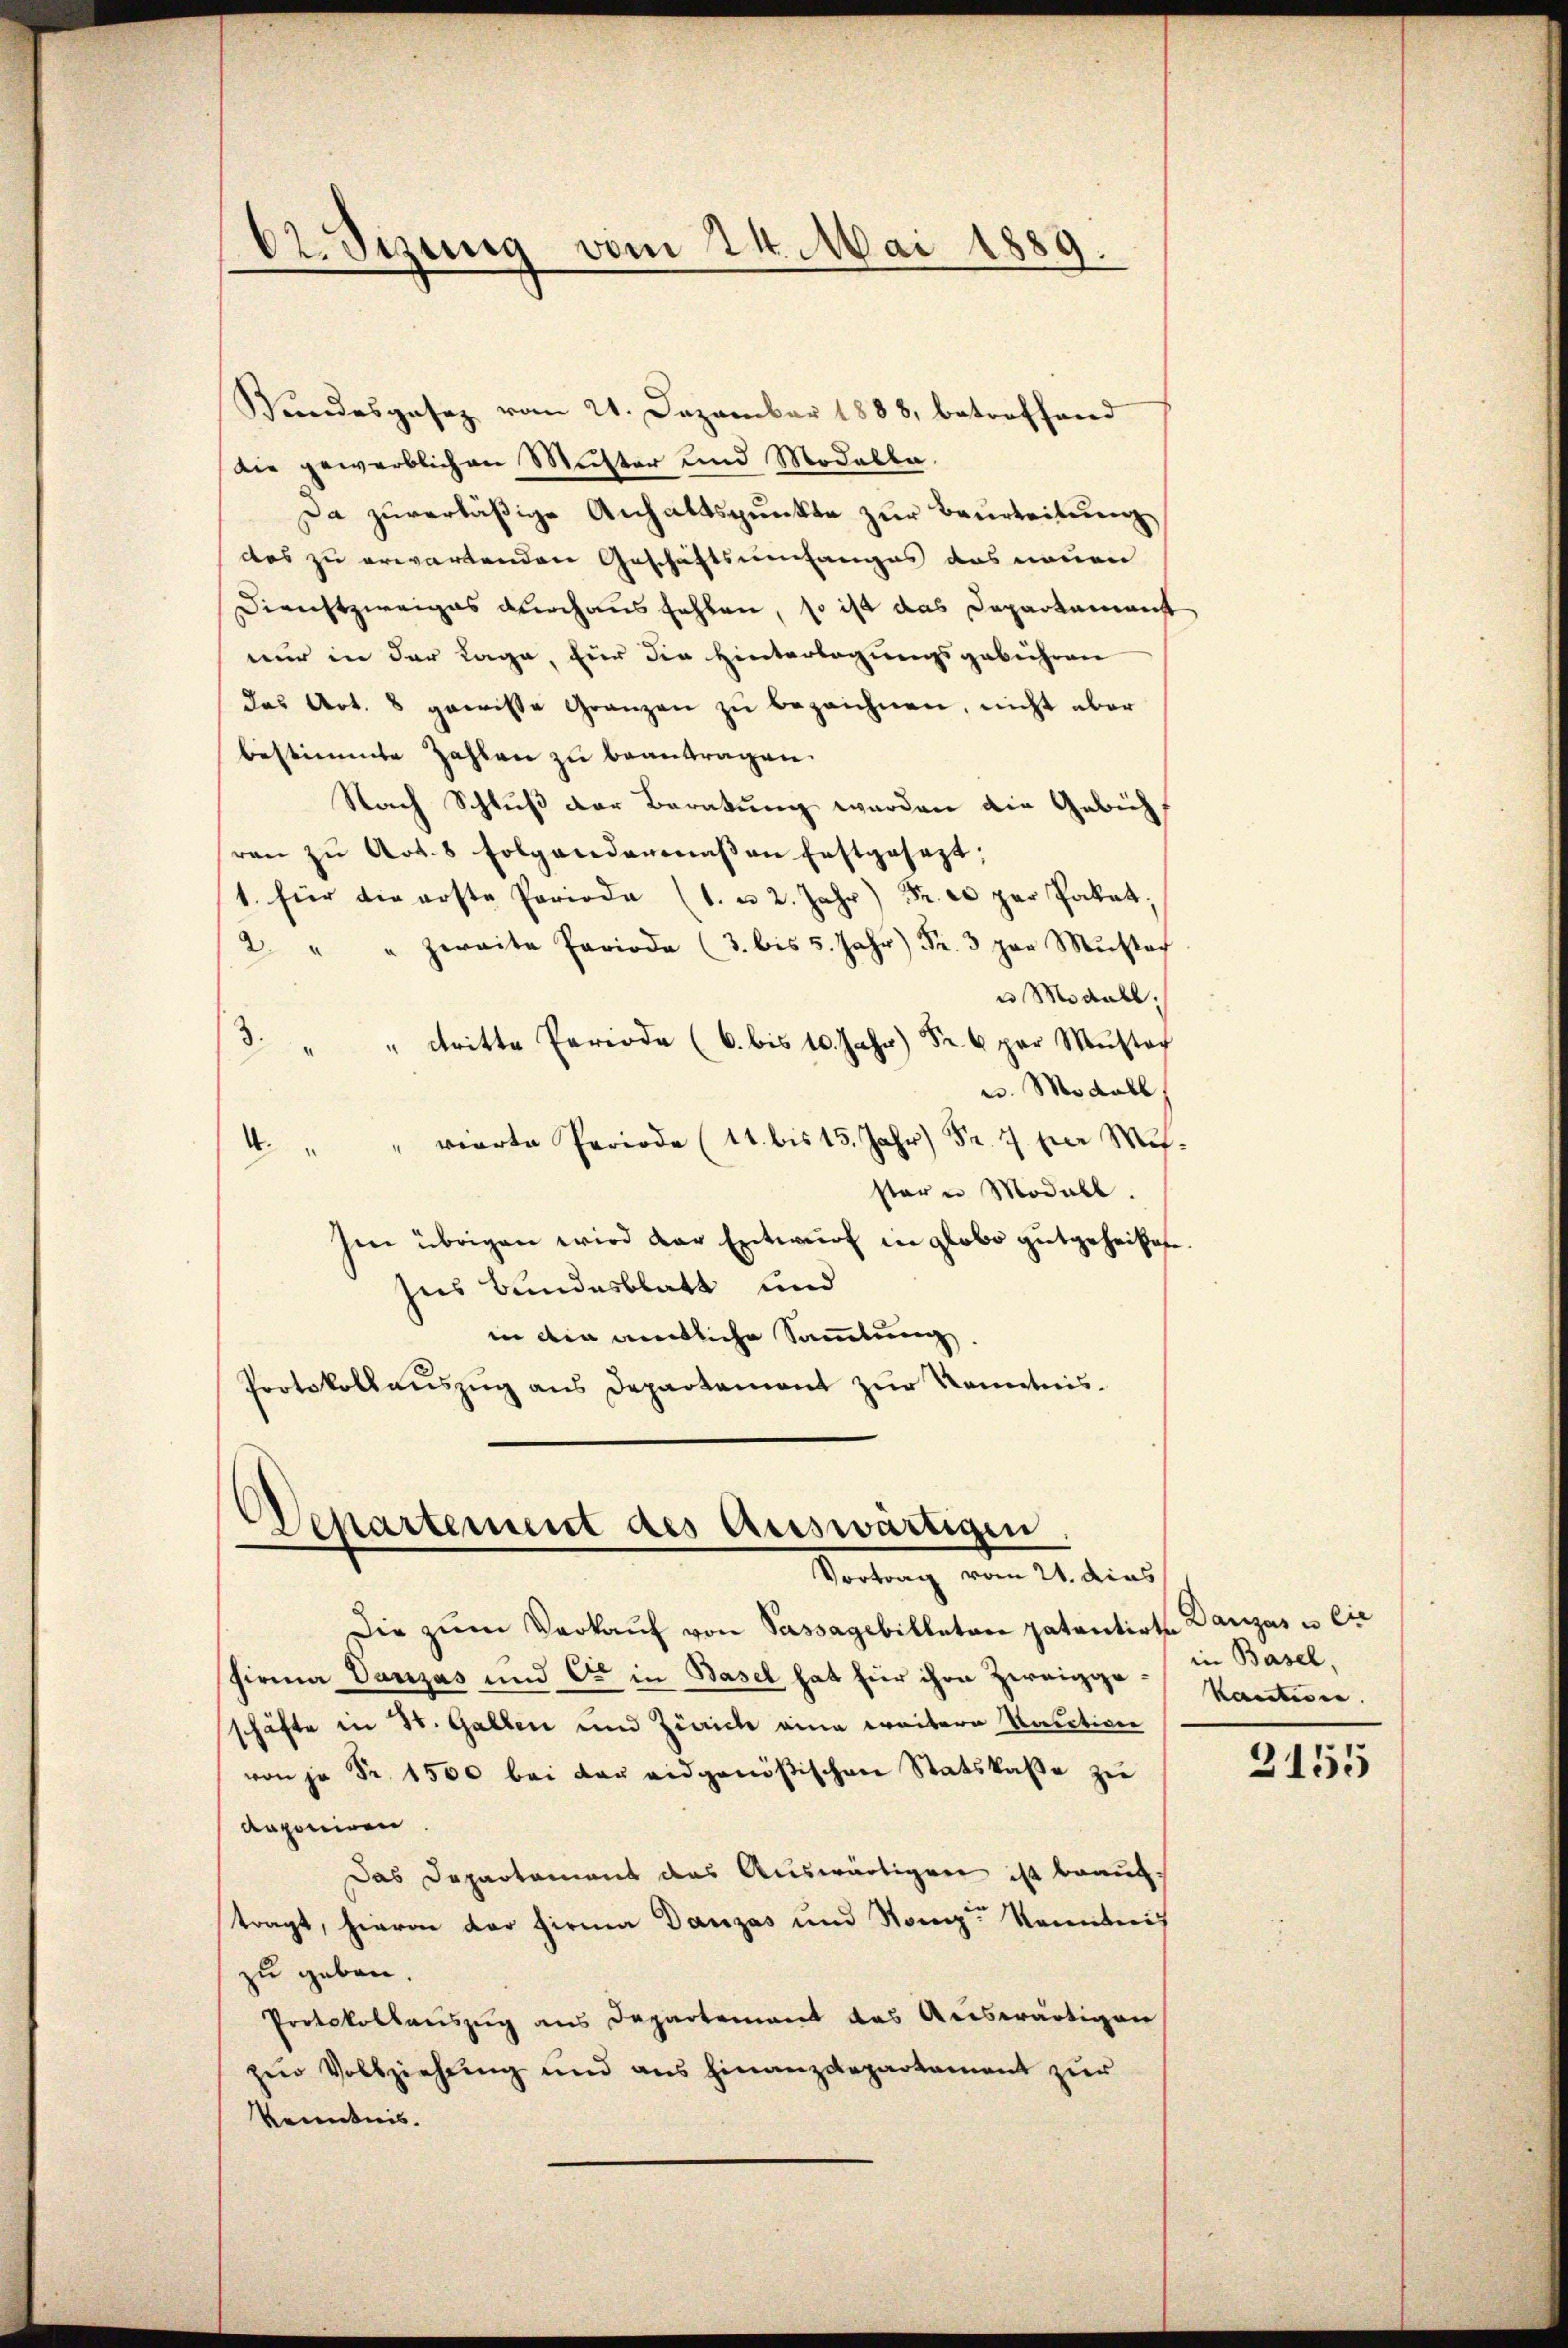
62. Sizung vom 24. Mai 1889.

Wundesgesez vom 21. Dezember 1888, betreffend
die gewerblichen Meister und Modelle.
Da zuverläßige Anhaltspunkte zur Beurteilung
das zu erwartenden Geschäftsumfanges das neuen
Dienstzweiges durchaus fehlen, so ist das Departemenst
nur in der Lage, für die Hinterlegungsgebühren
das Art. 8 gewisse Gränzen zu bezeichnen, nicht aber
bestimmte Zahlen zu beantragen.
Nach Schluß der Beratung werden die Gebühren zŭ Art. 8 folgendermaβen Erstgesezt;
1. für die erste Periode (1. u 2. Jahr) Fr. 20 par Paket,
2 " " zweite Periode (3. bis 5. Jahr) Fr. 3 par Mŭtt
u Modall;
2. " " tritte Periode (6. bis 10. Jahr) Fr. 6 par Mŭsta
w. Modall
4. " " vierte Periode (11. bis 15. Jahr) Fr. 7 für Mister u Modall.
Ien übrigen wird der Entwurf in globo gutgeheißte.
ns Bundesblatt und
in den amtliche Sammlung
Protokollaŭszŭg ans Departement zŭr Kenntnis.

Departement des Auswärtigen
Vortrag vom 21. dies

Die zŭm Verkaŭf von Passagebilletare patentirte Darizas u. lie
firma Vanzas und Cie in Basel hat für ihre Zweiggeschäfte in St. Gallen und Zürich eine weitern Rauction
von je Fr. 1500 bei der eidgenößischen Statskaße zu
deponiren
Das Departement das Auswärtigen ist brauch-
tragt, hievon der Firma Danzas und Stand kanntnis
zu geben.
Protokollaŭszŭg ans Departement das Auswärtigen
zur Vollziehung und aus Finanzdepartement zur
Kenntnis.

in Basel,
Kantisen.

3155